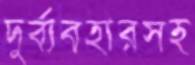
দুর্ব্যবহারসহ